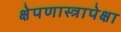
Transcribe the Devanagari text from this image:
क्षेपणास्त्रापेक्षा